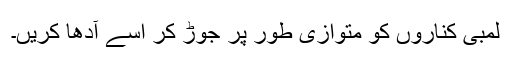
لمبی کناروں کو متوازی طور پر جوڑ کر اسے آدھا کریں۔